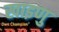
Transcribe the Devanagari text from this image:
खाइणु